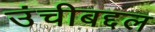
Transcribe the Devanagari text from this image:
उंचीबद्दल